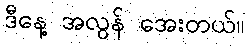
ဒီနေ့ အလွန် အေးတယ်။